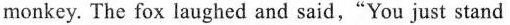
monkey. The fox laughed and said,"You just stand